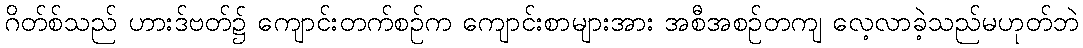
ဂိတ်စ်သည် ဟားဒ်ဗတ်၌ ကျောင်းတက်စဉ်က ကျောင်းစာများအား အစီအစဉ်တကျ လေ့လာခဲ့သည်မဟုတ်ဘဲ